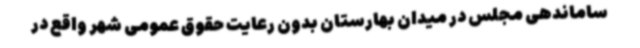
ساماندهی مجلس در میدان بهارستان بدون رعایت حقوق عمومی شهر واقع در